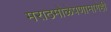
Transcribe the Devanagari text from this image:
मराठमोळेपणामागेही